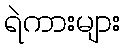
ရဲကားများ